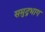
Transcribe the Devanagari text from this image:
समुद्रभाग